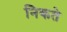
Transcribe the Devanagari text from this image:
निकते